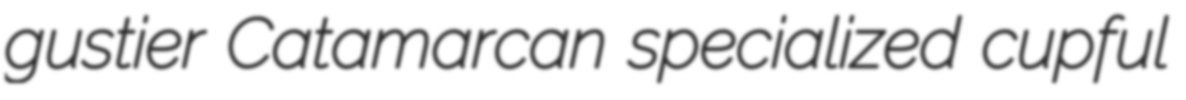
gustier Catamarcan specialized cupful